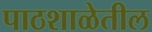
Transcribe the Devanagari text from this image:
पाठशाळेतील